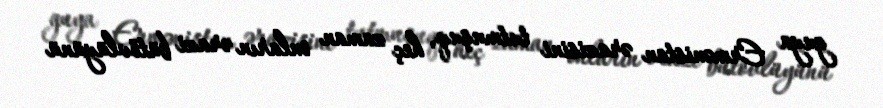
guya Ermənistan ərazisini tutmuşuq, heç zaman onların ərazi bütövlüyünü